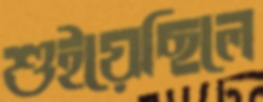
শুইয়েছিলে